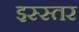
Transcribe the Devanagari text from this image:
इस्स्तर